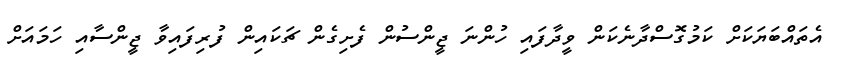
އެތައްބަޔަކަށް ކަމުގޮސްދާނެކަން ވީދާފައި ހުންނަ ޖީންސުން ފެށިގެން ޗަކައިން ފުރިފައިވާ ޖީންސާއި ހަމައަށް